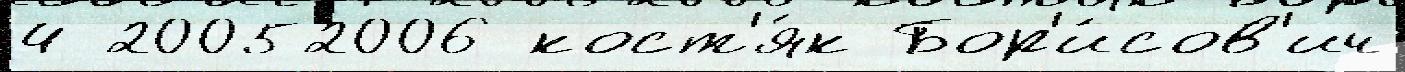
4 20052006 кост'я́к Бор'и́сов'ич